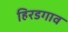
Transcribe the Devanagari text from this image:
हिरडगाव